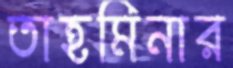
তাহমিনার